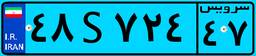
۷۳S۰۷۷۶۱